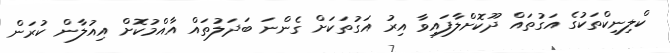
ކްލިނިކްތަކުގެ އަގުތައް ދޫކޮށްލާފައިވާ އިރު އަގުތަކަށް ގެންނަ ބަދަލުތައް އާއްމުކޮށް އިއުލާން ކުރަން